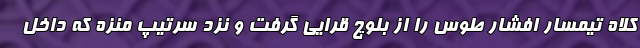
کلاه تیمسار افشار طوس را از بلوچ قرایی گرفت و نزد سرتیپ منزه که داخل